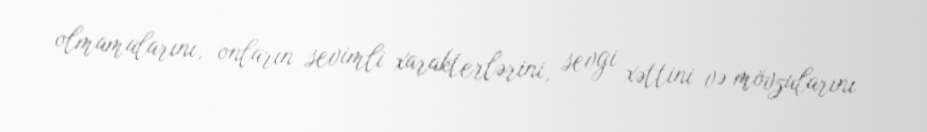
olmamalarını, onların sevimli xarakterlərini, sevgi xəttini və mövzularını